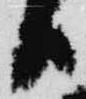
日